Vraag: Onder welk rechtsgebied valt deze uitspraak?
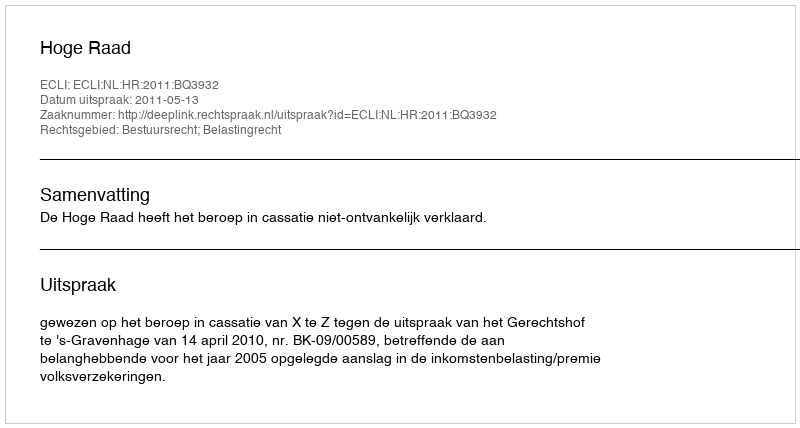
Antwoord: Bestuursrecht; Belastingrecht